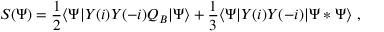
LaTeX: S ( \Psi ) = { \frac { 1 } { 2 } } \langle \Psi | Y ( i ) Y ( - i ) Q _ { B } | \Psi \rangle + { \frac { 1 } { 3 } } \langle \Psi | Y ( i ) Y ( - i ) | \Psi * \Psi \rangle \ ,